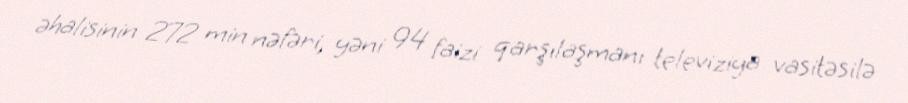
əhalisinin 272 min nəfəri, yəni 94 faizi qarşılaşmanı televiziya vasitəsilə